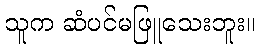
သူက ဆံပင်မဖြူသေးဘူး။